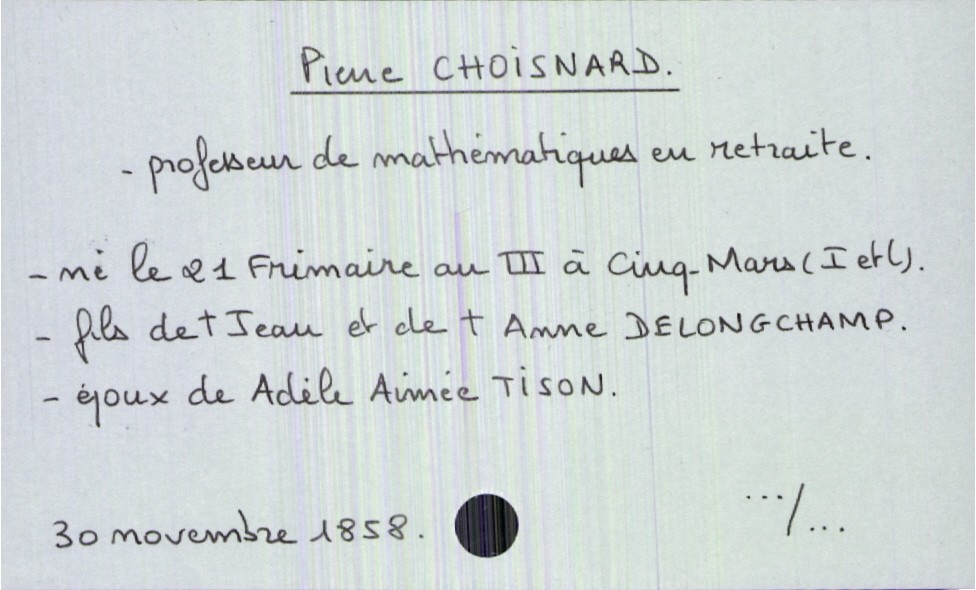
type_acte: Décès
année: 1858
mois: novembre
jour: 30
défunt_nom: Choisnard
défunt_prénom: Pierre
défunt_sexe: H
défunt_profession: professeur de mathématiques en retraite
défunt_date_de_naissance: 21 frimaire an III
défunt_lieu_de_naissance: Cinq-Mars (Indre et Loire)
défunt_statut: marié(e)
père_défunt_nom: Choisnard
père_défunt_prénom: Jean
père_défunt_statut: décédé
mère_défunt_nom: Delongchamp
mère_défunt_prénom: Anne
mère_défunt_statut: décédée